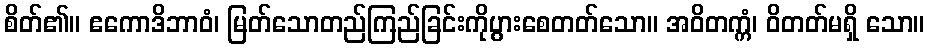
စိတ်၏။ ဧကောဒိဘာဝံ၊ မြတ်သောတည်ကြည်ခြင်းကိုပွားစေတတ်သော။ အဝိတက္ကံ၊ ဝိတတ်မရှိ သော။